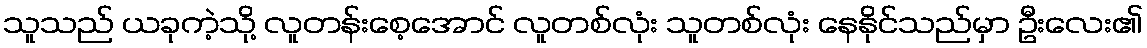
သူသည် ယခုကဲ့သို့ လူတန်းစေ့အောင် လူတစ်လုံး သူတစ်လုံး နေနိုင်သည်မှာ ဦးလေး၏